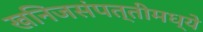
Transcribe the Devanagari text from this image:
खनिजसंपत्तीमध्ये